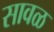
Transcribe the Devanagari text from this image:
सावळ